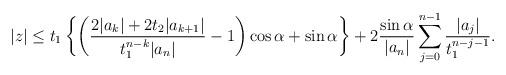
LaTeX: \begin{align*}|z|\leq t_1\left\{\left(\dfrac{2|a_k|+2t_2|a_{k+1}|}{t_1^{n-k}|a_n|}-1\right)\cos\alpha+\sin\alpha\right\}+2\dfrac{\sin\alpha}{|a_n|}\sum\limits_{j=0}^{n-1}\dfrac{|a_j|}{t_1^{n-j-1}}.\end{align*}